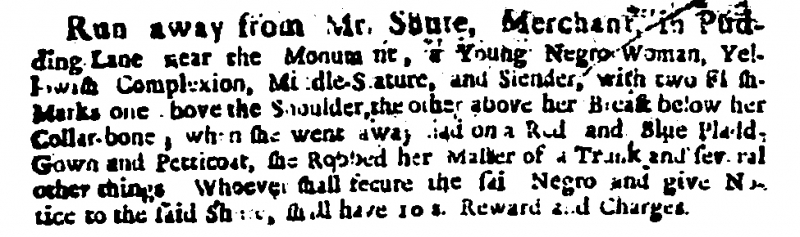
Daily Courant, 26 June 1711 (England)
Run away from Mr. Shute, Merchant in Pudding Lane, near the Monument, a Young Negro Woman, Yellowish Complexion, Middle-Stature, and Slender, with two Fl[e]sh Marks one above the Shoulder, the other above her Breast below her Collar-bone, when she went away had on a Red and Blue Pladd Gown and Petticoat, she Robbed her Master of a Trunk and several other things. Whoever shall secure the said Negro and give Notice to the said Shure, shall have 10 s. Reward and Charges.